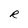
Character: R